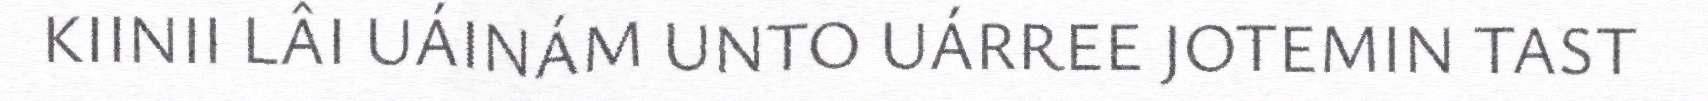
KIINII LÂI UÁINÁM UNTO UÁRREE JOTEMIN TAST